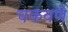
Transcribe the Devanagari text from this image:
चकवणे